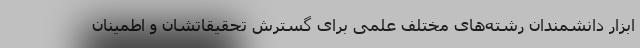
ابزار دانشمندان رشته‌های مختلف علمی برای گسترش تحقیقاتشان و اطمینان